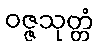
ဝဇ္ဇသုတ္တံ